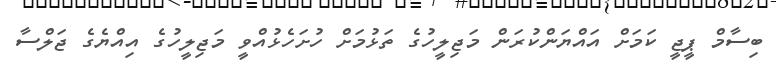
ބިސާމް ޕީޖީ ކަމަށް އައްޔަންކުރަން މަޖިލީހުގެ ތަޅުމަށް ހުށަހެޅުއްވީ މަޖިލީހުގެ އިއްޔެގެ ޖަލްސާ